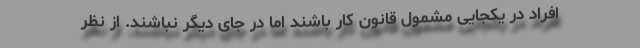
افراد در یکجایی مشمول قانون کار باشند اما در جای دیگر نباشند. از نظر